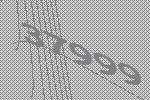
37999